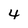
Character: 4